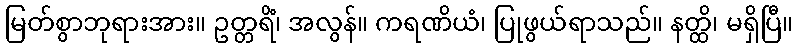
မြတ်စွာဘုရားအား။ ဥတ္တရိံ၊ အလွန်။ ကရဏိယံ၊ ပြုဖွယ်ရာသည်။ နတ္ထိ၊ မရှိပြီ။